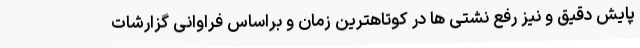
پایش دقیق و نیز رفع نشتی ها در کوتاهترین زمان و براساس فراوانی گزارشات